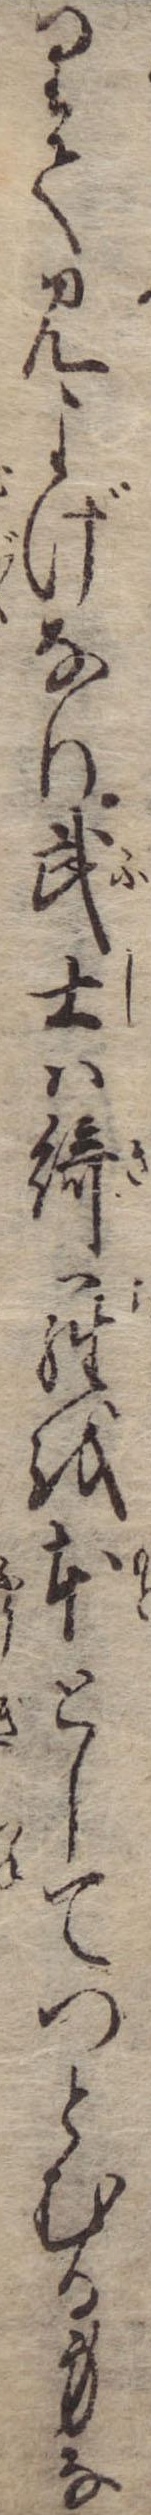
りて見よげなり武士は綺羅を本としてつとむる身な